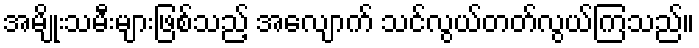
အမျိုးသမီးများဖြစ်သည့် အလျောက် သင်လွယ်တတ်လွယ်ကြသည်။